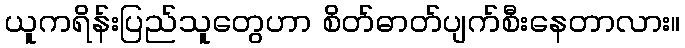
ယူကရိန်းပြည်သူတွေဟာ စိတ်ဓာတ်ပျက်စီးနေတာလား။